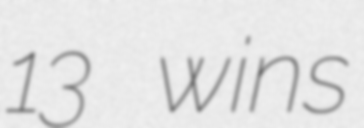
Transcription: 13 wins